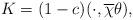
LaTeX: \begin{align*}K=(1-c)(\cdot, \overline\chi\theta){},\end{align*}